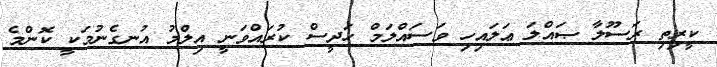
ކީރިތި ރަސޫލާ ޞައްލަ ޢަލައިހި ވަސައްލަމް ހަދީސް ކުރައްވަނީ އިލްމު އުނގެނުމަކީ ކޮންމެ